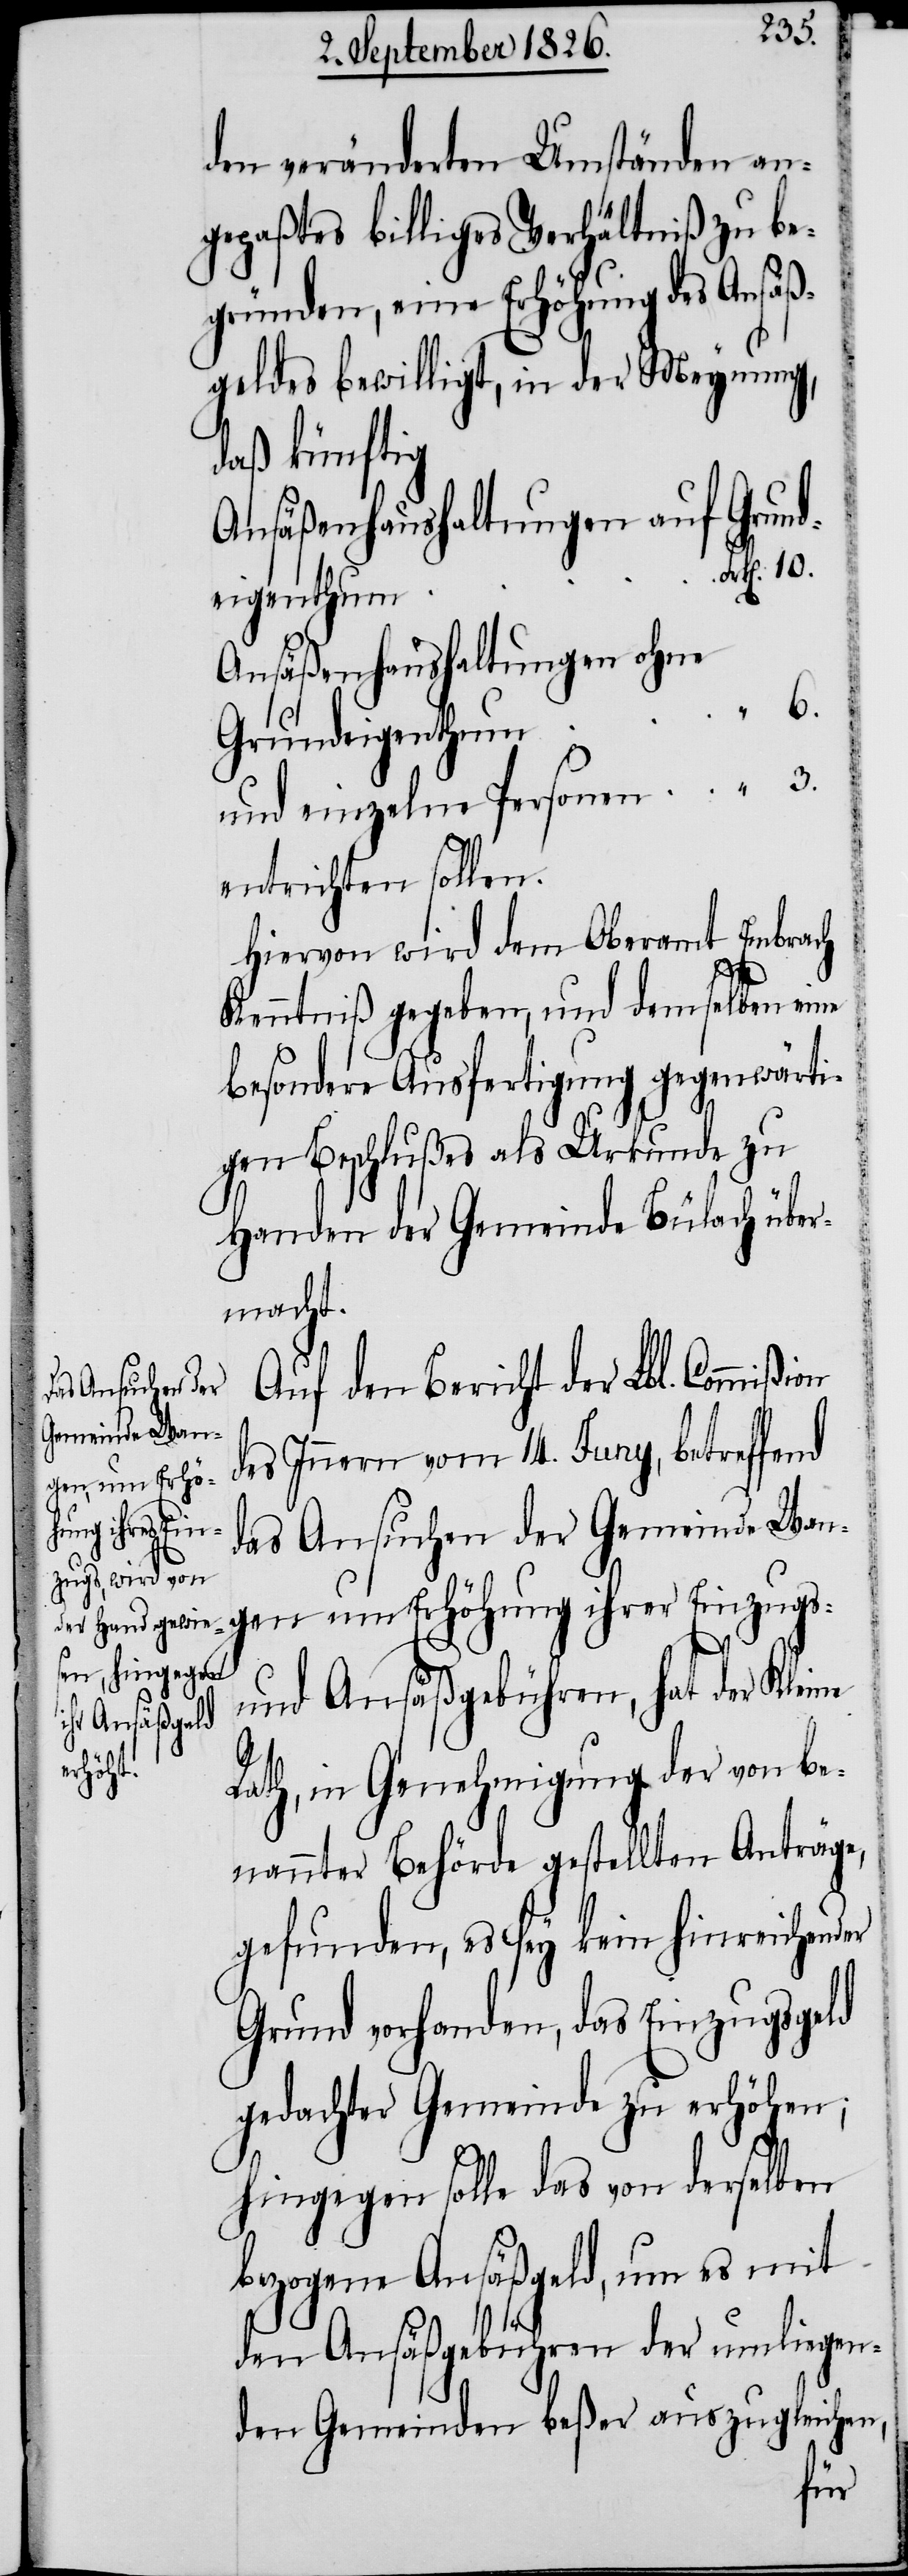
den veränderten Umständen an¬
gepaßtes billiges Verhältniß zu be¬
gründen, eine Erhöhung des Ansäß¬
geldes bewilligt, in der Meynung,
daß künftig
Ansäßenhaushaltungen auf
Ansäßenhaushaltungen ohne
entrichten sollen.
Hiervon wird dem Oberamt Embrach
Kenntniß gegeben, und demselben eine
besondere Ausfertigung gegenwärti¬
gen Beschlußes als Urkunde zu
Handen der Gemeinde Bülach über¬
macht.
Auf den Bericht der Lbl. Commißion
des Innern vom 14. Juny, betreffend
das Ansuchen der Gemeinde Wan¬
gen um Erhöhung ihrer Einzugs-
und Ansäßgebühren, hat der Klei¬
Rath, in Genehmigung der von be¬
nannter Behörde gestellten Anträge,
gefunden, es sey kein hinreichender
Grund vorhanden, das Einzugsgeld
gedachter Gemeinde zu erhöhen;
hingegen solle das von derselben
bezogene Ansäßgeld, um es mit
den Ansäßgebühren der umliegen¬
den Gemeinden beßer auszugleichen,

ne